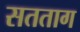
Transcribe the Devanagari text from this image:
सतताग